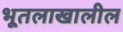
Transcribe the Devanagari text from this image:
भूतलाखालील